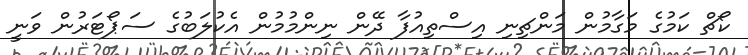
ކޯޗް ކަމުގެ މަގާމުން މަންޗިނި އިސްތިއުފާ ދޭން ނިންމުމުން އެކުލަބުގެ ސަޕޯޓަރުން ވަނީ